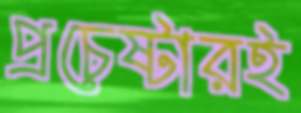
প্রচেষ্টারই